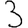
Digit: 3